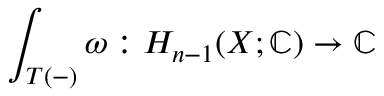
\int _ { T ( - ) } \omega : H _ { n - 1 } ( X ; \mathbb { C } ) \to \mathbb { C }